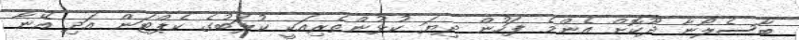
ބާސެލޯނާ ދޫކޮށް އެންމެ ފަހުން ދިޔަ ކުޅުންތެރިއަކީ ކުލަބުގެ ކެޕްޓަން އަދި އޭނާ